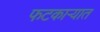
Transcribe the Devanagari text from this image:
फटकाऱ्यात